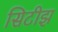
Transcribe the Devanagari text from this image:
सिटीझ